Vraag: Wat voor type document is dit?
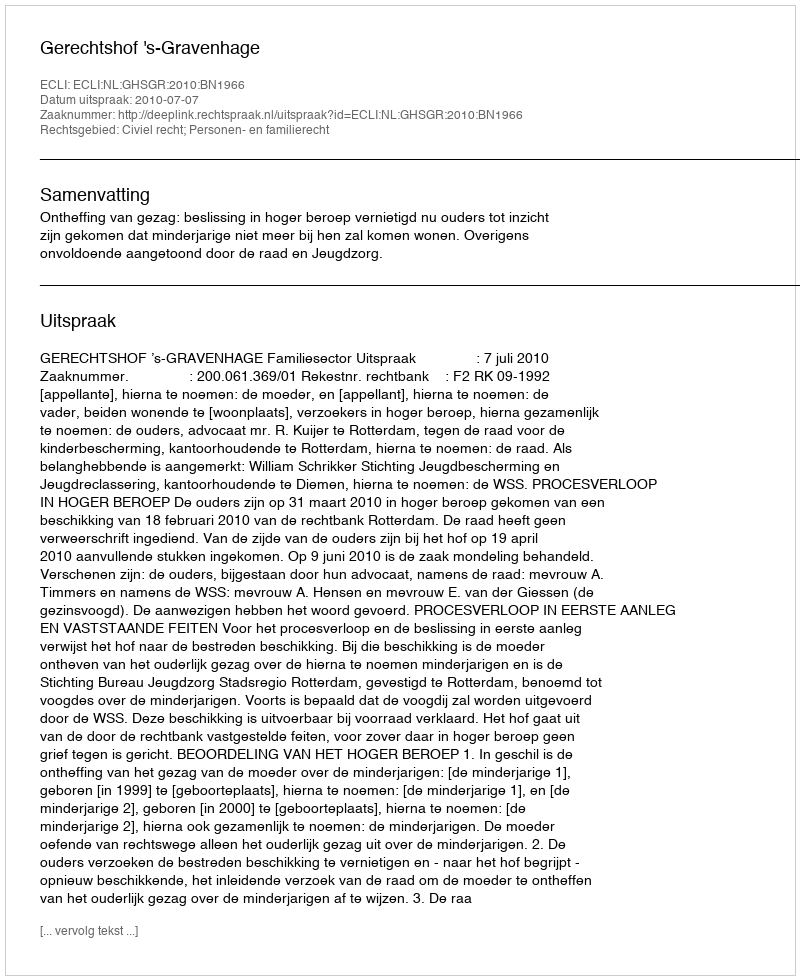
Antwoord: Uitspraak